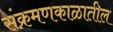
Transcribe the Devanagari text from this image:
संक्रमणकाळातील